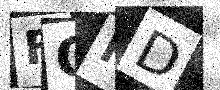
Text: FOFD